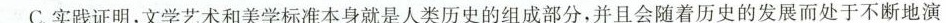
C.实践证明，文学艺术和美学标准本身就是人类历史的组成部分，并且会随着历史的发展而处于不断地演